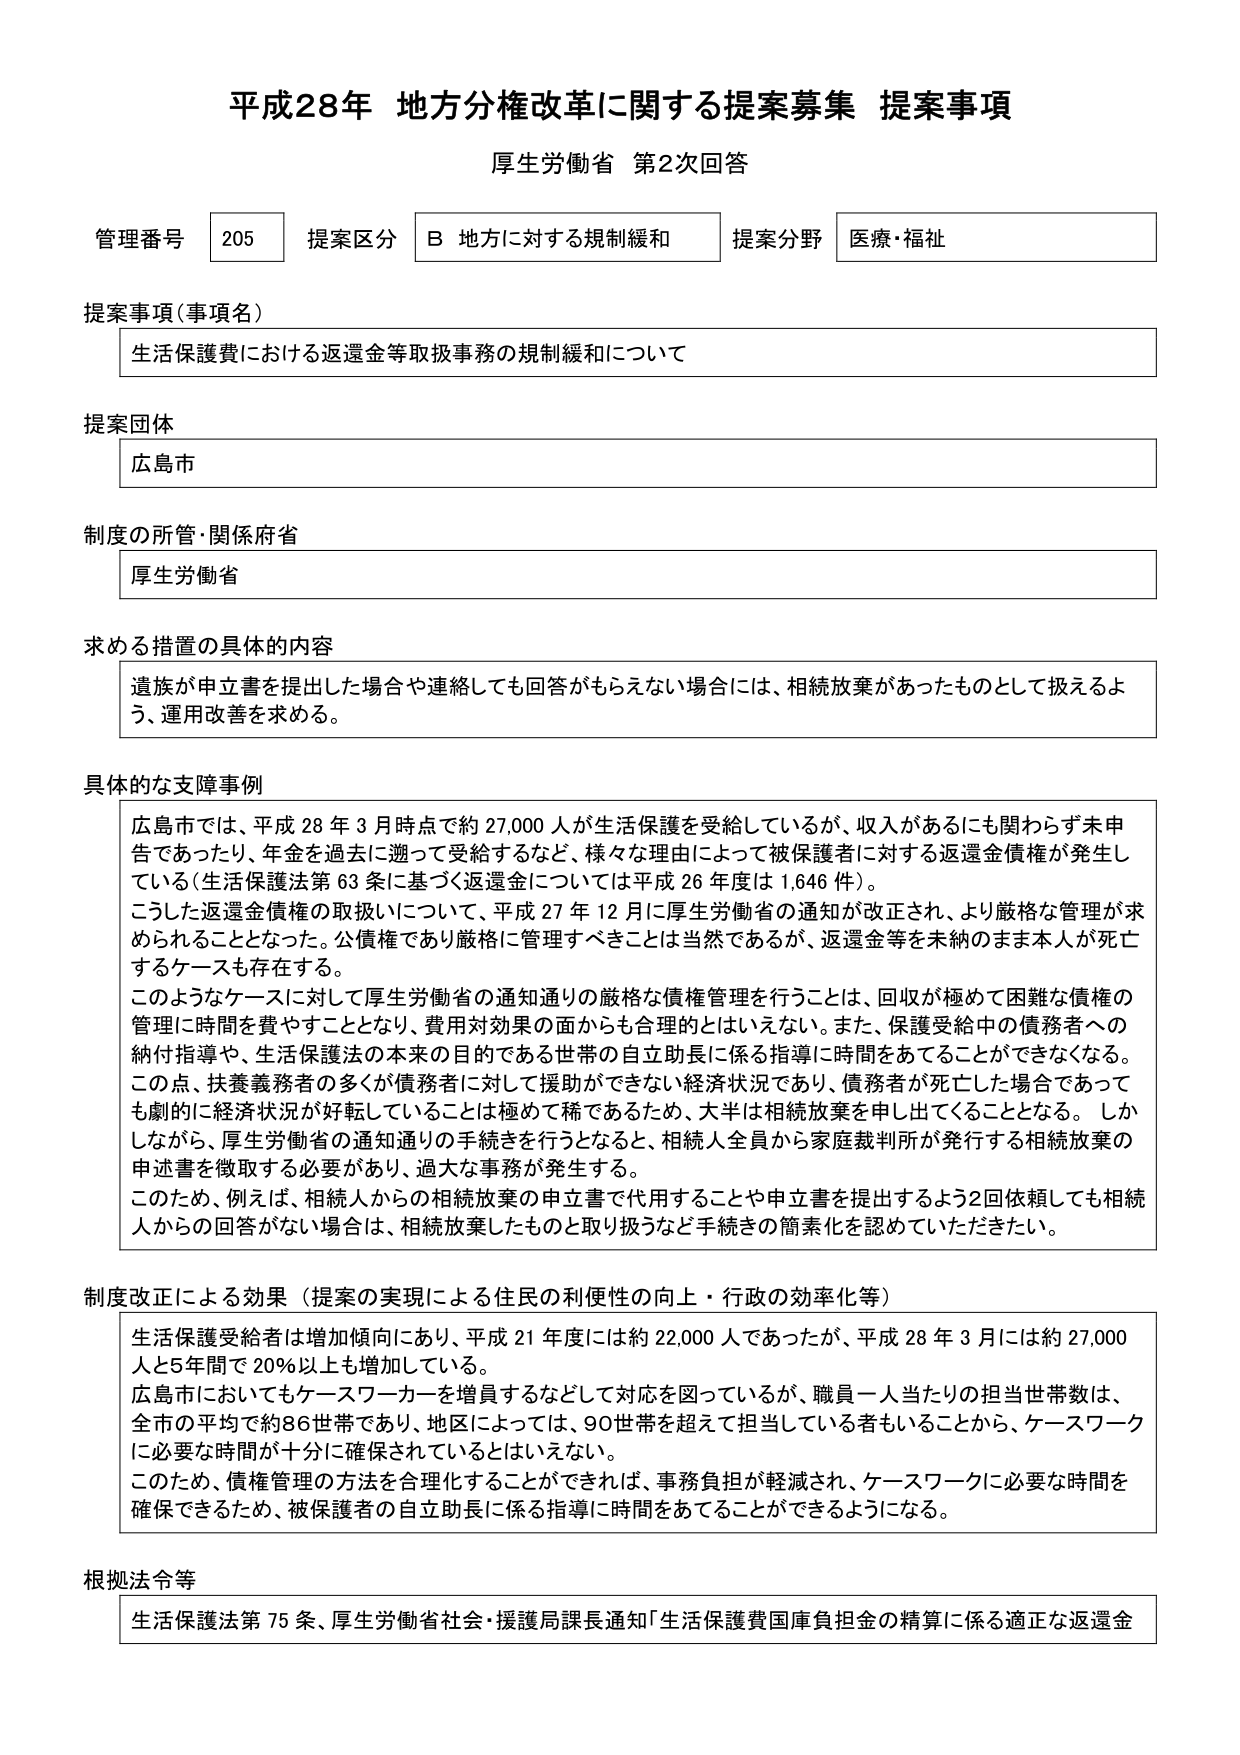
平成28年 地方分権改革に関する提案募集 提案事項
厚生労働省 第2次回答

管理番号 205 提案区分 B 地方に対する規制緩和 提案分野 医療・福祉

提案事項（事項名）
生活保護費における返還金等取扱事務の規制緩和について

提案団体
広島市

制度の所管・関係府省
厚生労働省

求める措置の具体的な内容
遺族が申立書を提出した場合や連絡しても回答がもらえない場合には、相続放棄があったものとして扱えるよう、運用改善を求める。

具体的な支障事例
広島市では、平成28年3月時点で約27,000人が生活保護を受給しているが、収入があるにも関わらず未申告であったり、年金を過去に遡って受給するなど、様々な理由によって被保護者に対する返還金債権が発生している（生活保護法第63条に基づく返還金については平成26年度は1,646件）。
こうした返還金債権の取扱いについて、平成27年12月に厚生労働省の通知が改正され、より厳格な管理が求められることとなった。公債権であり厳格に管理すべきことは当然であるが、返還金等を未納のまま本人が死亡するケースも存在する。
このようなケースに対して厚生労働省の通知通りの厳格な債権管理を行うことは、回収が極めて困難な債権の管理に時間を費やすこととなり、費用対効果の面からも合理的とはいえない。また、保護受給中の債務者への納付指導や、生活保護法の本来の目的である世帯の自立助長に係る指導に時間をあてることができなくなる。この点、扶養義務者の多くが債務者に対して援助ができない経済状況であり、債務者が死亡した場合であっても劇的に経済状況が好転していることは極めて稀であるため、大半は相続放棄を申し出てくることとなる。しかしながら、厚生労働省の通知通りの手続きを行うとなると、相続人全員から家庭裁判所が発行する相続放棄の申述書を徴取する必要があり、過大な事務が発生する。
このため、例えば、相続人からの相続放棄の申立書で代用することや申立書を提出するよう2回依頼しても相続人からの回答がない場合は、相続放棄したものと取り扱うなど手続きの簡素化を認めていただきたい。

制度改正による効果（提案の実現による住民の利便性の向上・行政の効率化等）
生活保護受給者は増加傾向にあり、平成21年度には約22,000人であったが、平成28年3月には約27,000人と5年間で20％以上も増加している。
広島市においてもケースワーカーを増員するなどして対応を図っているが、職員一人当たりの担当世帯数は、全市の平均で約86世帯であり、地区によっては、90世帯を超えて担当している者もいることから、ケースワークに必要な時間が十分に確保されているとはいえない。
このため、債権管理の方法を合理化することができれば、事務負担が軽減され、ケースワークに必要な時間を確保できるため、被保護者の自立助長に係る指導に時間をあてることができるようになる。

根拠法令等
生活保護法第75条、厚生労働省社会・援護局課長通知「生活保護費国庫負担金の精算に係る適正な返還金」